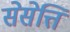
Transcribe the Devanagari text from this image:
सेसेत्ति